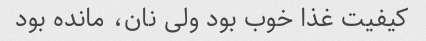
کیفیت غذا خوب بود ولی نان، مانده بود